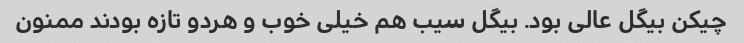
چیکن بیگل عالی بود. بیگل سیب هم خیلی خوب و هردو تازه بودند ممنون